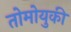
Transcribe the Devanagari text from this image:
तोमोयुकी